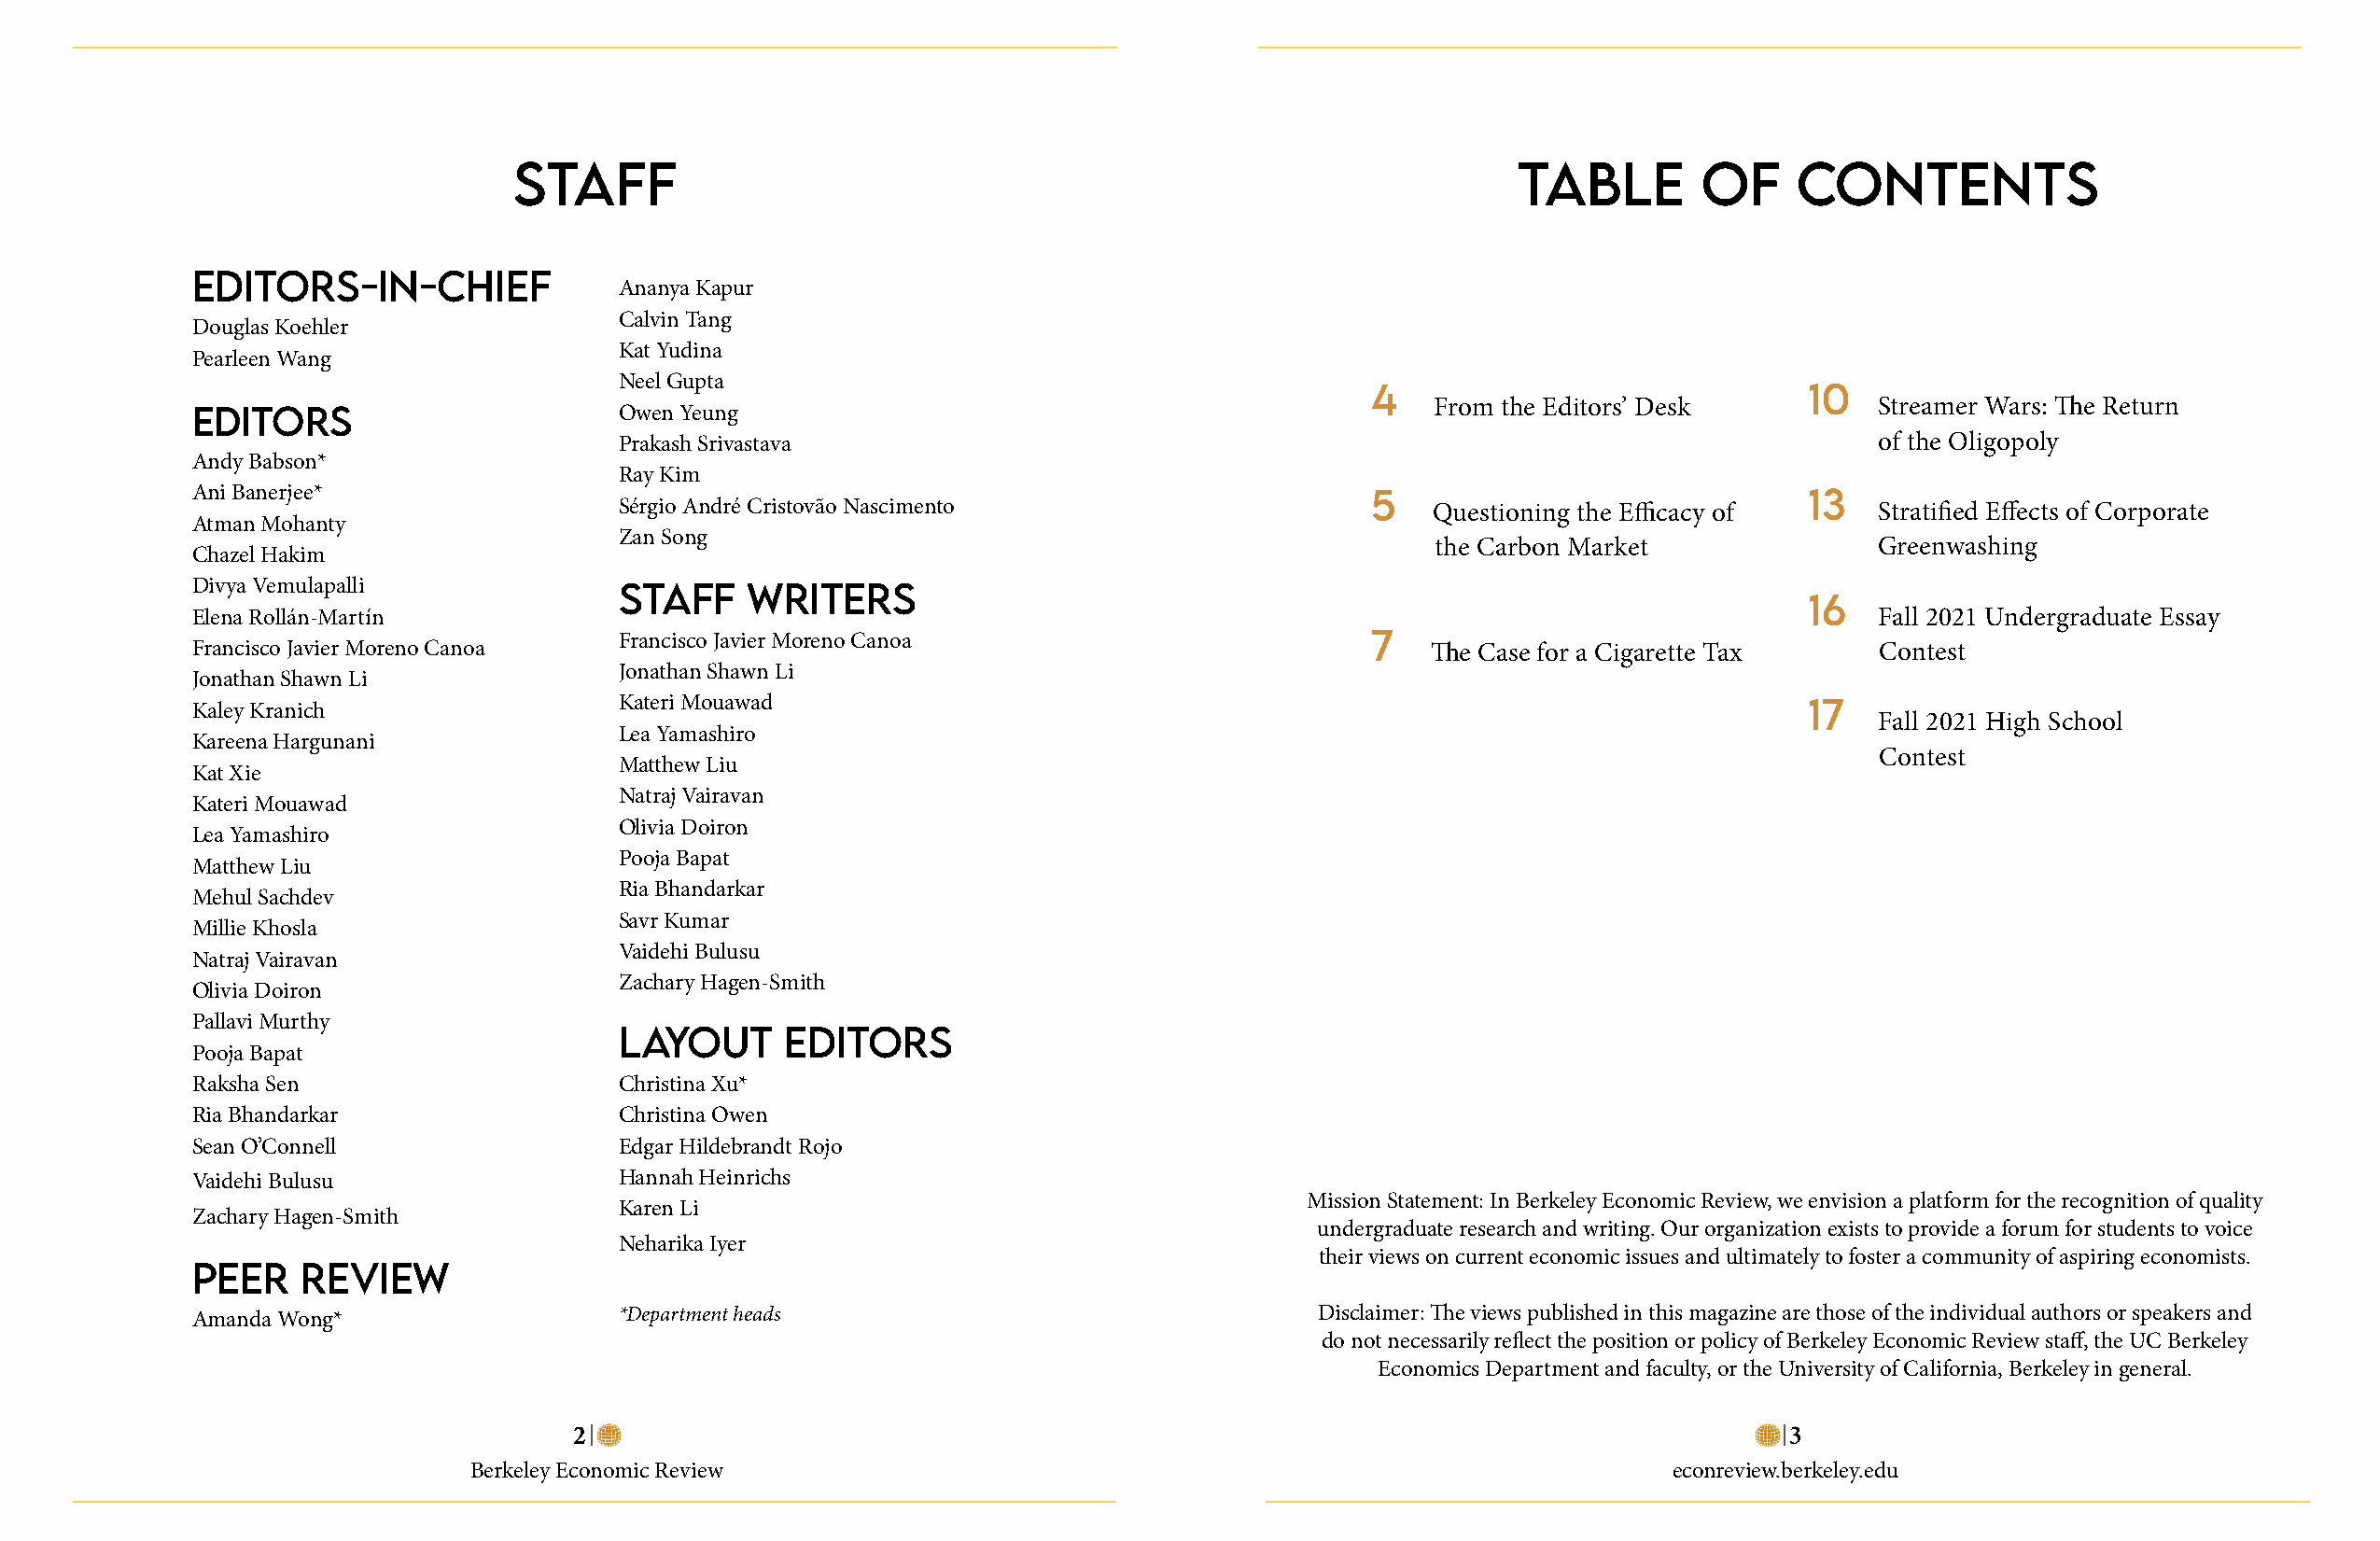
stAff                                                                   tABLE        of    ContEnts
 Editors-in-ChiEf
 Ananya Kapur
 Calvin Tang
 Douglas Koehler
 Kat Yudina
 Pearleen Wang
 Neel Gupta
 4                              10
 From the Editors’ Desk         Streamer Wars: The Return
 Editors                       Owen Yeung
 Prakash Srivastava                                                                       of the Oligopoly
 Andy Babson*
 Ray Kim
 Ani Banerjee*
 Sérgio André Cristovão Nascimento
 5
 Questioning the Efficacy of
 13
 Stratified Effects of Corporate
 Atman Mohanty
 Zan Song
 the Carbon Market              Greenwashing
 Chazel Hakim
 Divya Vemulapalli
 stAff    writErs
 16
 Elena Rollán-Martín                                                                                                    Fall 2021 Undergraduate Essay
 Francisco Javier Moreno Canoa
 Francisco Javier Moreno Canoa                        7
 The Case for a Cigarette Tax    Contest
 Jonathan Shawn Li
 Jonathan Shawn Li
 Kateri Mouawad
 Kaley Kranich                                                                                                     17
 Fall 2021 High School
 Lea Yamashiro
 Kareena Hargunani
 Contest
 Matthew Liu
 Kat Xie
 Natraj Vairavan
 Kateri Mouawad
 Olivia Doiron
 Lea Yamashiro
 Pooja Bapat
 Matthew Liu
 Ria Bhandarkar
 Mehul Sachdev
 Savr Kumar
 Millie Khosla
 Vaidehi Bulusu
 Natraj Vairavan
 Zachary Hagen-Smith
 Olivia Doiron
 Pallavi Murthy
 LAyout      Editors
 Pooja Bapat
 Raksha Sen                    Christina Xu*
 Ria Bhandarkar                Christina Owen
 Sean O’Connell                Edgar Hildebrandt Rojo
 Vaidehi Bulusu                Hannah Heinrichs
 Mission Statement: In Berkeley Economic Review, we envision a platform for the recognition of quality
 Karen Li
 Zachary Hagen-Smith
 undergraduate research and writing. Our organization exists to provide a forum for students to voice
 Neharika Iyer
 their views on current economic issues and ultimately to foster a community of aspiring economists.
 PEEr   rEviEw
 Amanda Wong*                  *Department heads                                Disclaimer: The views published in this magazine are those of the individual authors or speakers and
 do not necessarily reflect the position or policy of Berkeley Economic Review staff, the UC Berkeley
 Economics Department and faculty, or the University of California, Berkeley in general.
 2                                                                                     3
 Berkeley Economic Review                                                              econreview.berkeley.edu